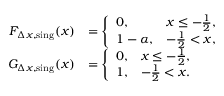
\begin{array} { r l } { F _ { \Delta x , \mathrm { s i n g } } ( x ) } & { = \left\{ \begin{array} { l l } { 0 , } & { x \leq - \frac { 1 } { 2 } , } \\ { 1 - \alpha , } & { - \frac { 1 } { 2 } < x , } \end{array} \right. } \\ { G _ { \Delta x , \mathrm { s i n g } } ( x ) } & { = \left\{ \begin{array} { l l } { 0 , } & { x \leq - \frac { 1 } { 2 } , } \\ { 1 , } & { - \frac { 1 } { 2 } < x . } \end{array} \right. } \end{array}